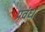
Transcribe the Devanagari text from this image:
प्रवंध